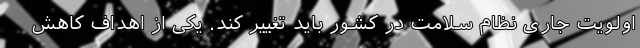
اولویت جاری نظام سلامت در کشور باید تغییر کند. یکی از اهداف کاهش